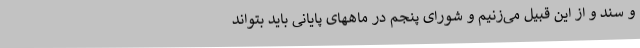
و سند و از این قبیل می‌زنیم و شورای پنجم در ماههای پایانی باید بتواند